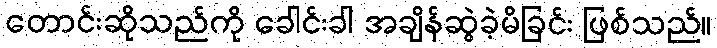
တောင်းဆိုသည်ကို ခေါင်းခါ အချိန်ဆွဲခဲ့မိခြင်း ဖြစ်သည်။